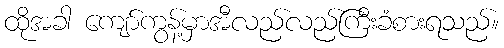
ထိုအခါ ကျော်ကွန့်မှာအီလည်လည်ကြီးခံစားရသည်။